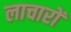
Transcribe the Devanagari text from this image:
लाचारों